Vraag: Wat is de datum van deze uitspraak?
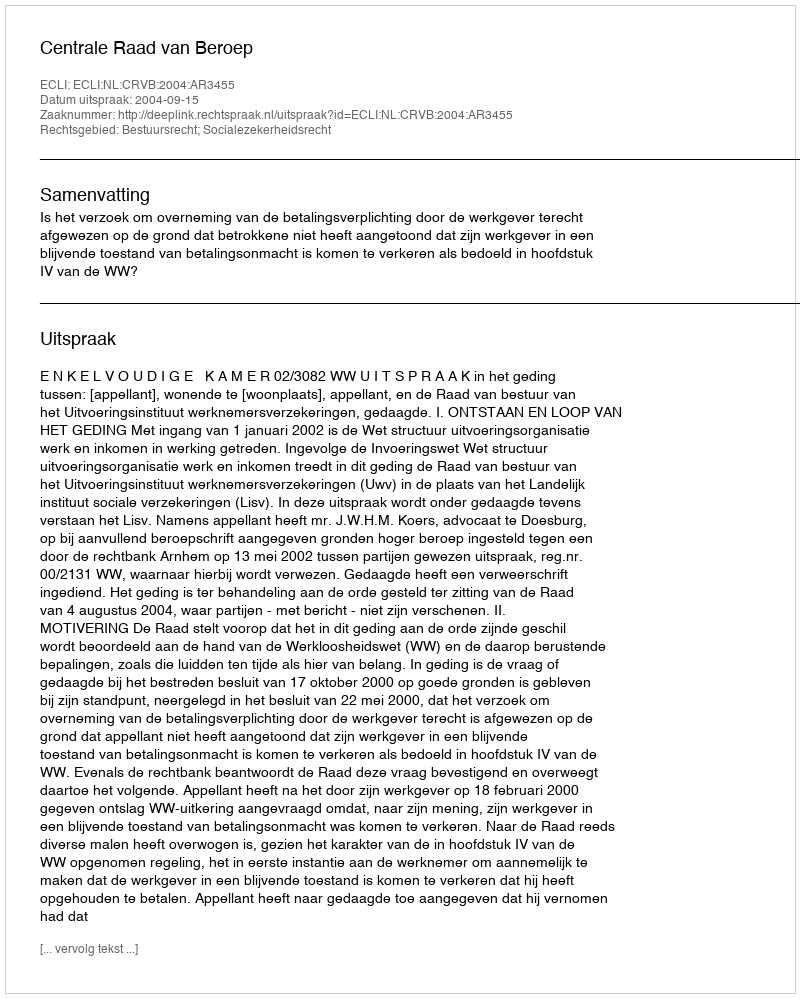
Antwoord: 2004-09-15